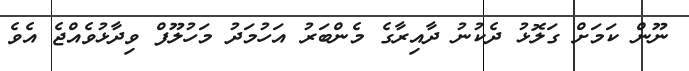
ނޫން ކަމަށް ގަލޮޅު ދެކުނު ދާއިރާގެ މެންބަރު އަހުމަދު މަހުލޫފް ވިދާޅުވެއްޖެ އެވެ